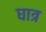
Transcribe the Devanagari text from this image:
घात्र